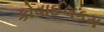
કોવાઈલકમ